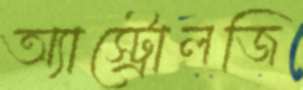
অ্যাস্ট্রোলজি